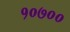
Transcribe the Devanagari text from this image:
१०७००